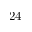
2 4